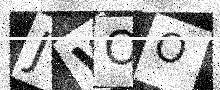
Text: JWOO